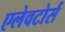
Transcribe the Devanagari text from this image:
एलेवटोर्स